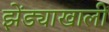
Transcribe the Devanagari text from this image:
झेंड्याखालीं